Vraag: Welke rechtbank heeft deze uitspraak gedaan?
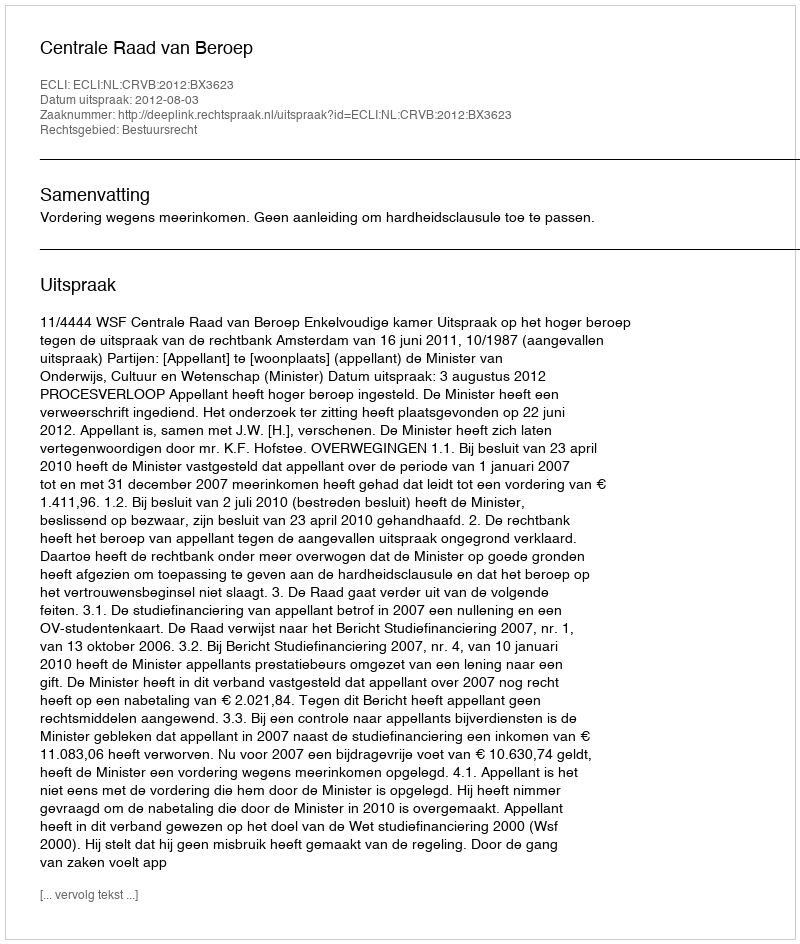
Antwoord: Centrale Raad van Beroep